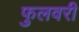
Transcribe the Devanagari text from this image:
फुलवरी